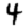
Digit: 4